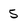
Character: 5